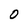
Character: 0